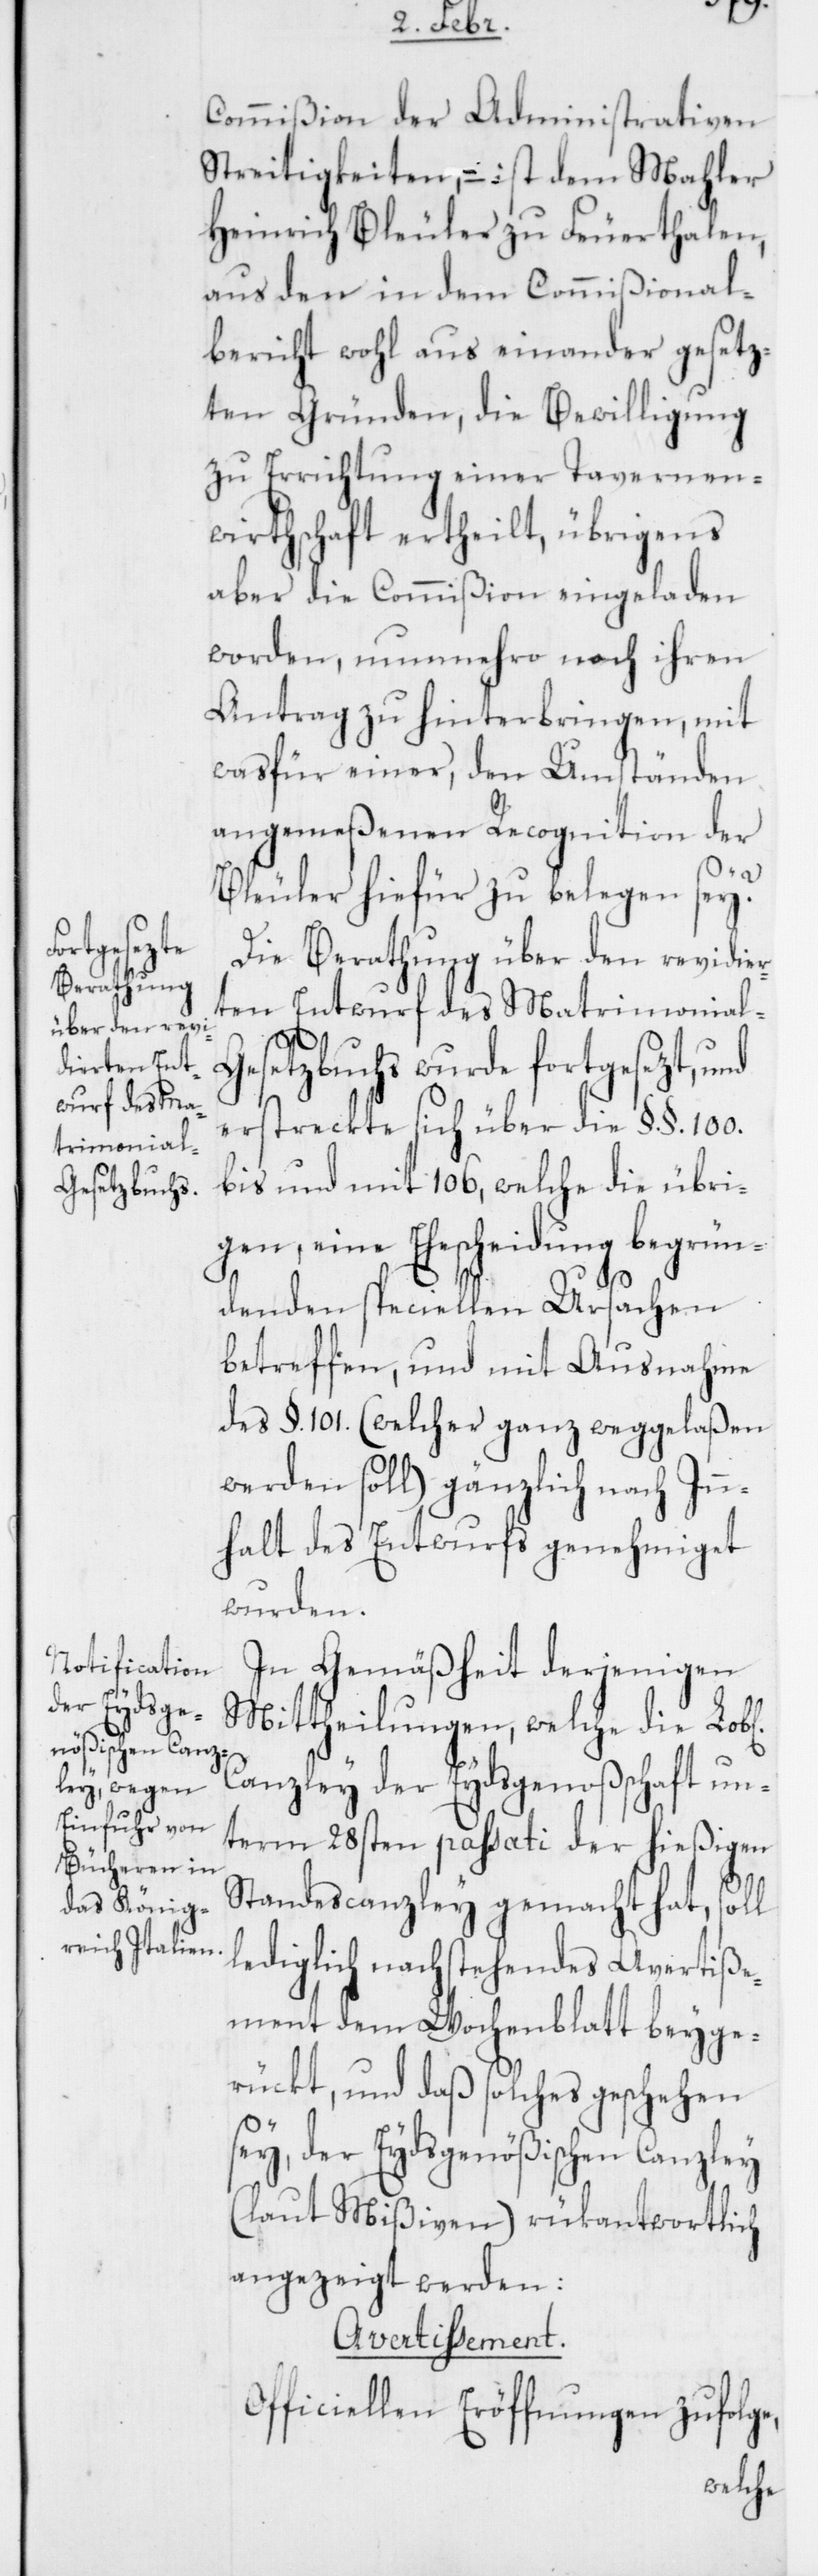
iche]
Commißion der Administrativen
Streitigkeiten, – ist dem Mahler
Heinrich Bleuler zu Feuerthalen,
aus den in dem Commißional¬
bericht wohl aus einander gesetz¬
ten Gründen, die Bewilligung
zu Errichtung einer Tavernen¬
wirtschaft ertheilt, übrigens
aber die Commißion eingeladen
worden, nunmehro noch ihren
Antrag zu hinterbringen, mit
was für einer, den Umständen
angemeßenen Recognition der
Bleuler hiefür zu belegen sey?
Die Berathung über den revidier¬
ten Entwurf des Matrimonia¬
esetzbuchs wurde fortgesezt, und
erstreckte sich über die §. §.
bis und mit 106, welche die übri¬
gen, eine Ehescheidung begrün¬
denden speciellen Ursachen
betreffen, und mit Ausnahme
des §. 101 (welcher ganz weggelaßen
werden soll) gänzlich nach Inn¬
halt des Entwurfs genehmiget
wurden.
In Gemäßheit derjenigen
Mittheilungen, welche die Lob[l¬
Canzley der Eydsgenoßenschaft un¬
term 28sten passati der hießigen
Standescanzley gemacht hat, soll
lediglich nachstehendes Avertiße¬
ment dem Wochenblatt beyge¬
rückt, und daß solches geschehen
sey, der Eydsgenößischen Canzley
(laut Mißiven) rükantwortlich
angezeigt werden:
Avertissement.
Officiellen Eröffnungen zufolge,